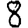
Digit: 8